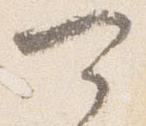
可